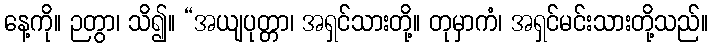
နေ့ကို။ ဉတွာ၊ သိ၍။ “အယျပုတ္တာ၊ အရှင်သားတို့။ တုမှာကံ၊ အရှင်မင်းသားတို့သည်။